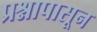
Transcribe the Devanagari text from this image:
प्रश्नापासून